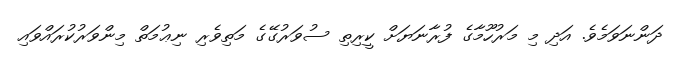
ދަންނަވަމެވެ. އަދި މި މަރުހޫމާގެ ފުރާނަޔަށް ކީރިތި ސުވަރުގޭގެ މަތިވެރި ނިޢުމަތް މިންވަރުކުރައްވައި